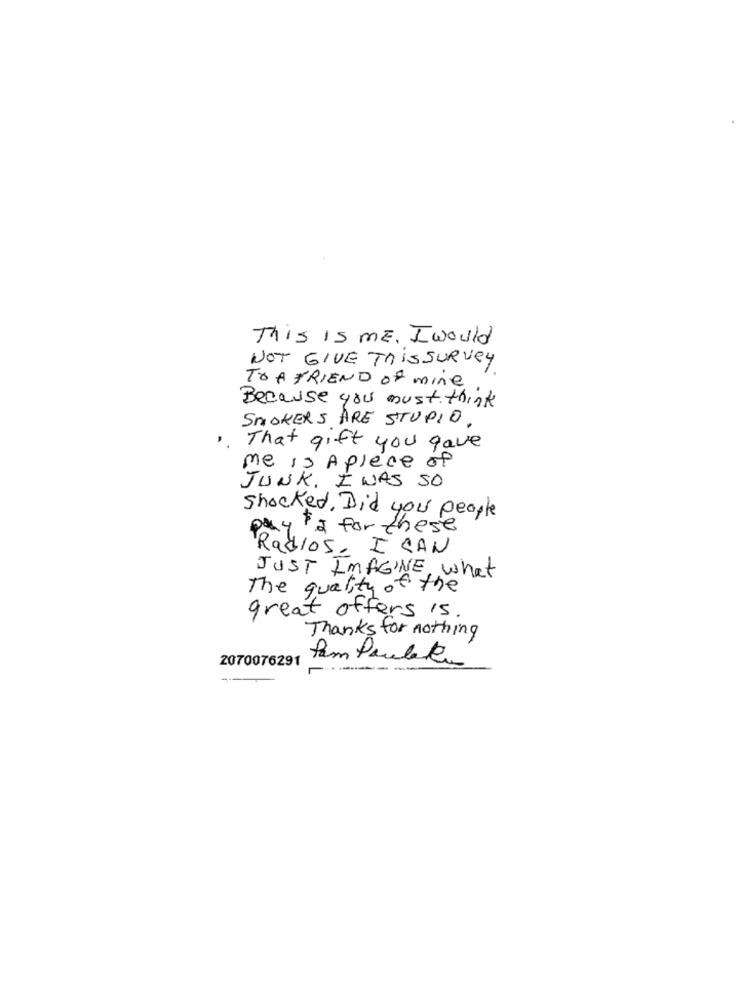
This is ME, I would
NOT GIVE TRISSURVEY
TO A FRIEND of mine
Because you must think
SMOKERS ARE STUPID.
That gift you gave
me is A place of
JUNK. I WAS SO
shocked. Did you people
ay ia for these
Radios, I CAN
JUST IMAGINE What
The quality of the
great offers is.
Thanks for nothing
2070076291
fam Pauleta
-----